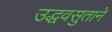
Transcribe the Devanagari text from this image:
उद्धवसुताने